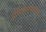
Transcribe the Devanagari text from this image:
सीमोल्लंघनाच्या